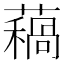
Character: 𧀁